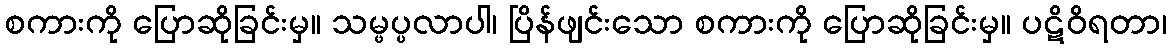
စကားကို ပြောဆိုခြင်းမှ။ သမ္ဖပ္ပလာပါ၊ ပြိန်ဖျင်းသော စကားကို ပြောဆိုခြင်းမှ။ ပဋိဝိရတာ၊